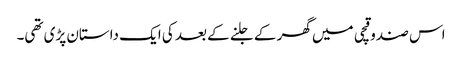
اس صندوقچی میں گھر کے جلنے کے بعد کی ایک داستان پڑی تھی۔